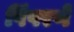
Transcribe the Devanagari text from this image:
पिंपरणे